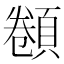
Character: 𩓫